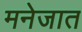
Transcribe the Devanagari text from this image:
मनेजात